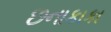
છનાકાકા